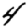
Digit: 4